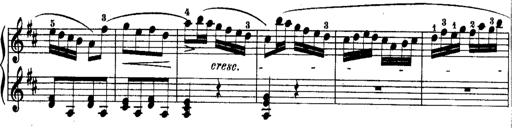
Title: Rondos and Sonatinas for Pianoforte
Composer: Daniel Steibelt